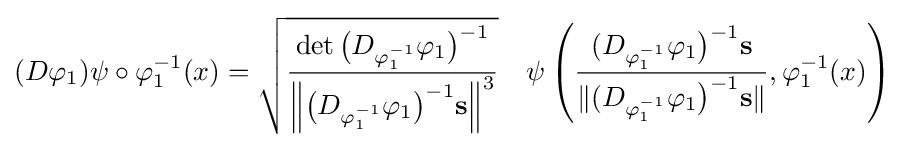
(D\varphi _{1})\psi \circ \varphi _{1}^{-1}(x)={\sqrt {\frac {\det {{\bigl (}D_{\varphi _{1}^{-1}}\varphi _{1}{\bigr )}^{-1}}}{\left\|{{\bigl (}D_{\varphi _{1}^{-1}}\varphi _{1}{\bigr )}^{-1}}{\bf {s}}\right\|^{3}}}}\quad \psi \left({\frac {(D_{\varphi _{1}^{-1}}\varphi _{1}{\bigr )}^{-1}{\bf {s}}}{\|(D_{\varphi _{1}^{-1}}\varphi _{1}{\bigr )}^{-1}{\bf {s}}\|}},\varphi _{1}^{-1}(x)\right)